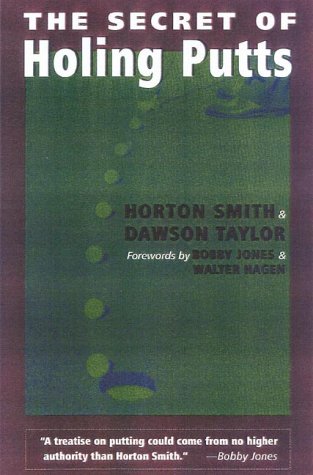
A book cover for The Secret of Holing Putts; Horton Smith; Sports & Outdoors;